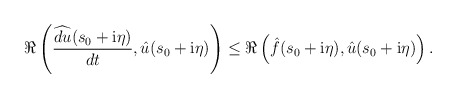
\begin{align*} \Re\left(\frac{\widehat{d u}(s_0+\mathrm{i}\eta)}{dt},\hat{u}(s_0+\mathrm{i}\eta)\right) \leq \Re\left(\hat{f}(s_0+\mathrm{i}\eta),\hat{u}(s_0+\mathrm{i}\eta)\right). \end{align*}